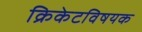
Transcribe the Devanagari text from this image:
क्रिकेटविषयक